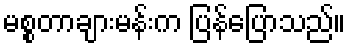
မစ္စတာချားမန်းက ပြန်ပြောသည်။